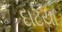
દાટયા